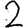
Digit: 2